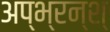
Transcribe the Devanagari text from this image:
अप्भ्रन्श्